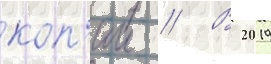
коп'ии // В 2019